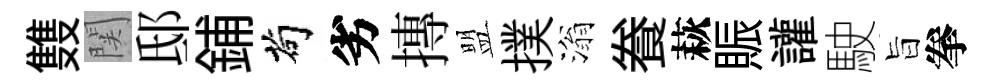
䨇関邸鋪茍劣摶盟撲滃飬萩賑讙駛旨拳